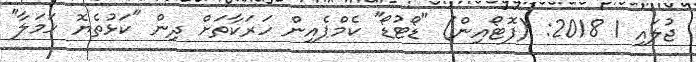
ޖުލައި 1 2018: (ފޮޓޯއިން) "ޑޯޓުޑޯ" ކެމްޕެއިން ހަރަކާތަށް ދިން "ކަޅުތެޔޮ ހަމަލާ"